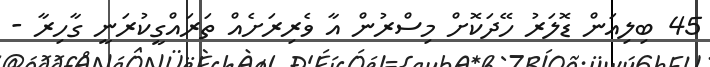
45 ބިލިއަން ޑޮލަރު ހޭދަކޮށް މިސްރުން އާ ވެރިރަށެއް ތަރައްގީކުރަނީ ގާހިރާ -